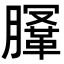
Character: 𣎤